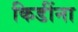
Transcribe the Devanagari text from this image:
किडींना